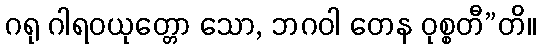
ဂရု ဂါရဝယုတ္တော သော, ဘဂဝါ တေန ဝုစ္စတီ”တိ။